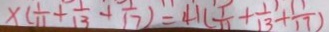
x ( \frac { 1 } { 1 1 } + \frac { 1 } { 1 3 } + \frac { 1 } { 1 7 } ) = 4 1 ( \frac { 1 } { 1 1 } + \frac { 1 1 } { 1 3 } + \frac { 1 1 } { 1 7 } )